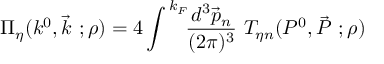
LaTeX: \Pi _ { \eta } ( k ^ { 0 } , \vec { k } ~ ; \rho ) = 4 \int ^ { \, k _ { F } } \! \! \frac { d ^ { 3 } \vec { p } _ { n } } { ( 2 \pi ) ^ { 3 } } ~ T _ { \eta n } ( P ^ { 0 } , \vec { P } ~ ; \rho )